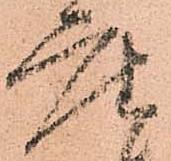
座